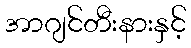
အာဂျင်တီးနားနှင့်